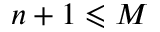
n + 1 \leqslant M